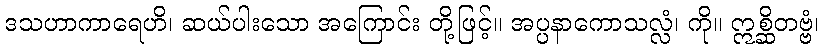
ဒသဟာကာရေဟိ၊ ဆယ်ပါးသော အကြောင်း တို့ဖြင့်။ အပ္ပနာကောသလ္လံ၊ ကို။ ဣစ္ဆိတဗ္ဗံ၊